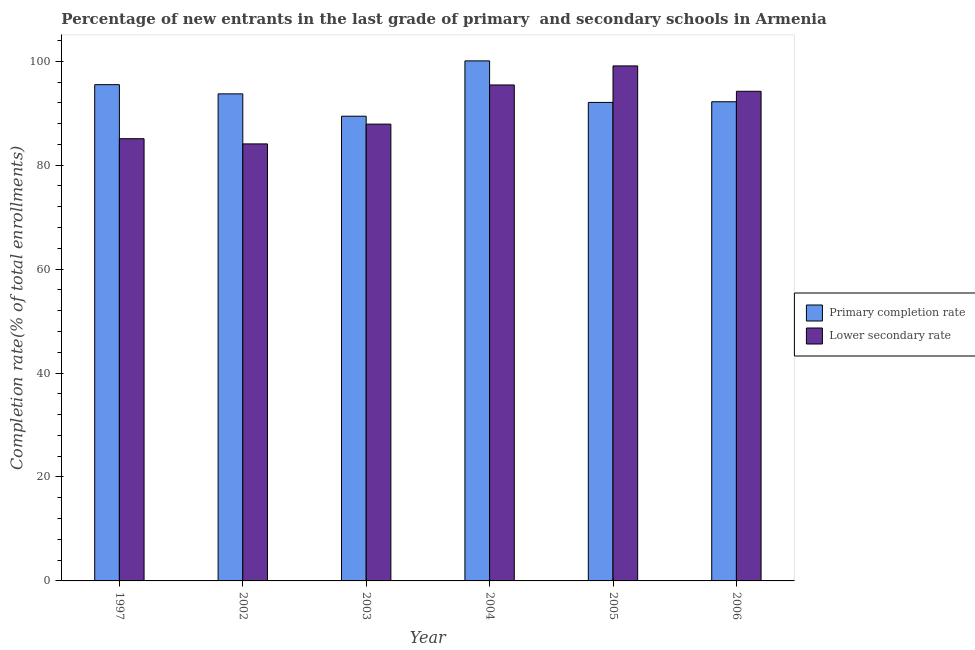
| Year | Primary completion rate | Lower secondary rate |
 | --- | --- | --- |
 | 1997 | 95.5 | 85.1 |
 | 2002 | 93.7 | 84.1 |
 | 2003 | 89.4 | 87.9 |
 | 2004 | 100 | 95.4 |
 | 2005 | 92.1 | 99.1 |
 | 2006 | 92.2 | 94.2 |